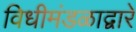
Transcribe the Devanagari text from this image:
विधीमंडळाद्वारे